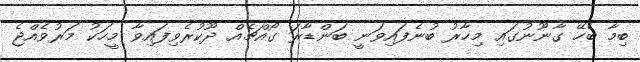
ބިމާ ބެހޭ ގާނޫނުގައި މިހާރު ބުނެފައިވަނީ ބަންޑާރަ ގޯއްޗެއް ދޫކުރެވިފައިވާ މީހަކު މަރުވެއްޖެ